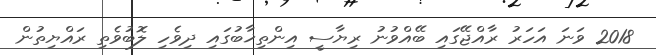
2018 ވަނަ އަހަރު ރާއްޖޭގައި ބޭއްވުނު ރިޔާސީ އިންތިޚާބުގައި ދިވެހި ލޮބުވެތި ރައްޔިތުން